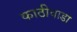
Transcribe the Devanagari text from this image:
काठीवाडा